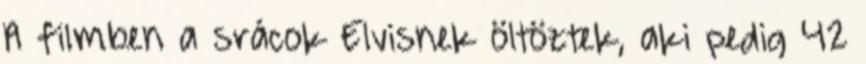
A filmben a srácok Elvisnek öltöztek, aki pedig 42